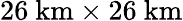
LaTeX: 26~\mathrm{km}\times 26~\mathrm{km}